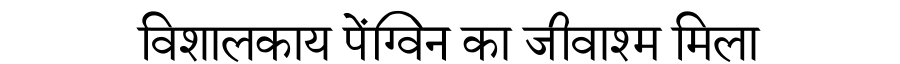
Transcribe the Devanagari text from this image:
विशालकाय पेंग्विन का जीवाश्म मिला